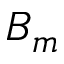
B _ { m }